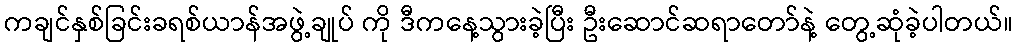
ကချင်နှစ်ခြင်းခရစ်ယာန်အဖွဲ့ချုပ် ကို ဒီကနေ့သွားခဲ့ပြီး ဦးဆောင်ဆရာတော်နဲ့ တွေ့ဆုံခဲ့ပါတယ်။